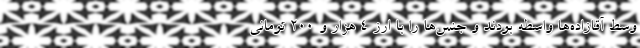
وسط آقازاده‌ها واسطه بودند و جنس‌ها را با ارز ۴ هزار و ۲۰۰ تومانی